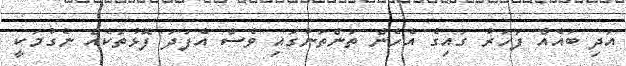
އަދި ބައެއް ފަހަރު ގައިގެ އެހެން ތަންތަނުގައި ވެސް އެފަދަ ފޮޅުތަކެއް ނެގުމަކީ